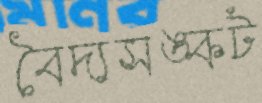
বৈদ্যসঙ্কট